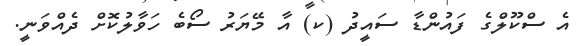
އެ ސްކޫލްގެ ފައުންޑާ ސައީދު (ކ) އާ މޭޔަރު ސޯބެ ހަވާލުކޮށް ދެއްވަނީ.